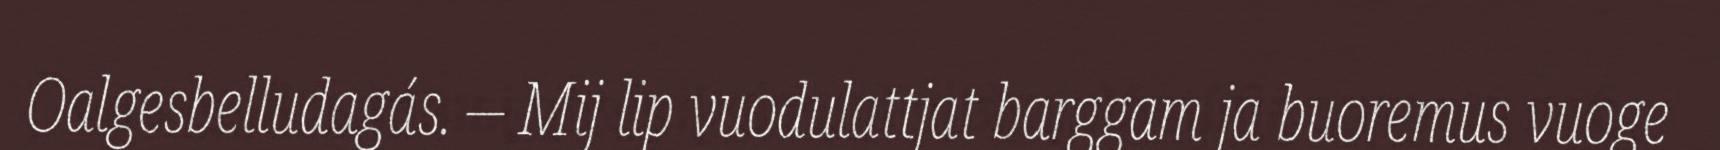
Oalgesbelludagás. – Mij lip vuodulattjat barggam ja buoremus vuoge